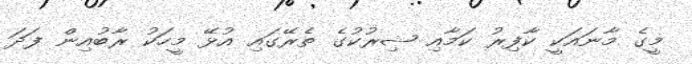
މީގެ މާނައަކީ ކާފިރު ކަމާއި ޝިރުކުގެ ތެރޭގައި އުޅޭ މީހަކު ރާބުއިން ފަދަ